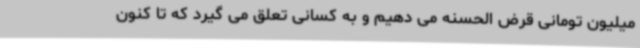
میلیون تومانی قرض الحسنه می دهیم و به کسانی تعلق می گیرد که تا کنون